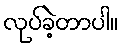
လုပ်ခဲ့တာပါ။